Report of the Municipal Commissioner on the plague in Bombay for the year ending 31st May... - Volume 2
Disease focus: Plague
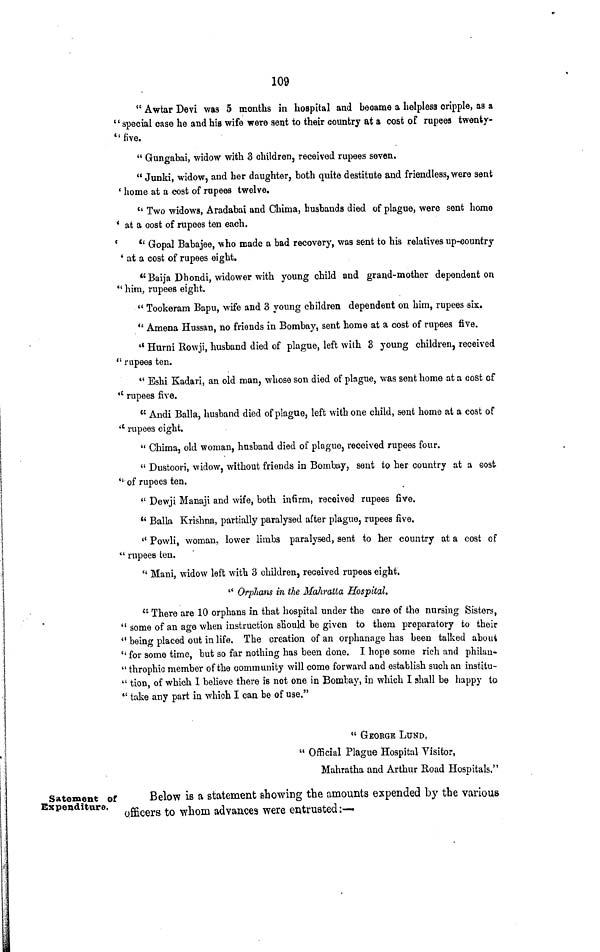
109
" Awtar Devi was 5 months in hospital and became a helpless cripple, as a
"special case he and his wife were sent to their country at a cost of rupees twenty-
"five.
" Gungabai, widow with 3 children, received rupees seven.
" Junki, widow, and her daughter, both quite destitute and friendless, were sent
' home at a cost of rupees twelve.
" Two widows, Aradabai and Chima, husbands died of plague, were sent home
* at a cost of rupees ten each.
e
*' Gopal Babajee, who made a bad recovery, was sent to his relatives up-country
' at a cost of rupees eight.
"Baija Dhondi, widower with young child and grand-mother dependent on
*' him, rupees eight.
" Tookerain Bapu, wife and 3 young children dependent on him, rupees six.
" Amena Hussan, no friends in Bombay, sent home at a cost of rupees five.
a Hurni Rowji, husband died of plague, left with 3 young children, received
" rupees ten.
** Eshi Kadari, an old man, whose son died of plague, was sent home at a cost of
* l rupees five.
" Andi Balla, husband died of plague, left with one child, sent home at a cost of
*' rupees eight.
" Chima, old woman, husband died of plague, received rupees four.
" Dustoori, widow, without friends in Bombay, sent to her country at a eost
"of rupees ten.
" Dewji Manaji and wife, both infirm, received rupees five.
" Balla Krishna, partially paralysed after plague, rupees five.
" Powli, woman, lower limbs paralysed, sent to her country at a cost of
" rupees ten.
" Hani, widow left with 3 children, received rupees eight.
" Orphans in the Mahratta Hospital.
" There are 10 orphans in that hospital under the care of the nursing Sisters,
" some of an age when instruction should be given to them preparatory to their
" being placed out in life. The creation of an orphanage has been talked about
" for some time, but so far nothing has been done. I hope some rich and philan-
" throphic member of the community will come forward and establish such an institu-
" tion, of which I believe there is not one in Bombay, in which I shall be happy to
" take any part in which I can be of use.*'
" GEORGE LUND,
" Official Plague Hospital Visitor,
Mahratha and Arthur Road Hospitals."
Satemeut of
Expenditure.
Below is a statement showing the amounts expended by the various
officers to whom advances were entrusted:-—